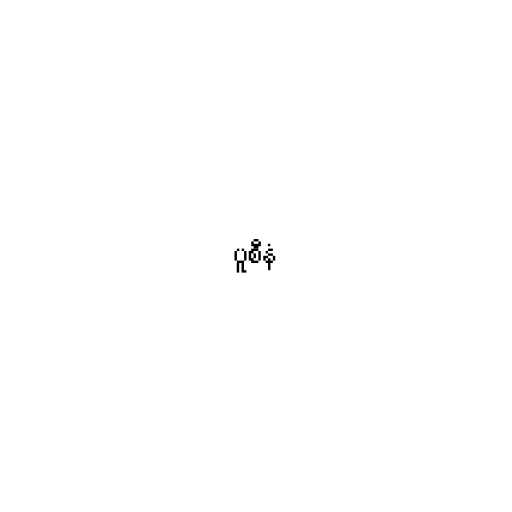
ပူစီနံ